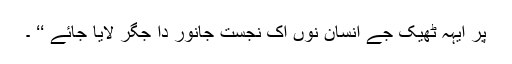
پر ایہہ ٹھیک جے انسان نوں اک نجست جانور دا جگر لایا جائے ‘‘ ۔